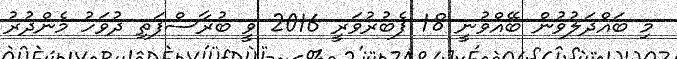
މި ބައްދަލުވުން ބޭއްވުނީ 18 ފެބުރުވަރީ 2016 ވީ ބުރާސްފަތި ދުވަހު މެންދުރު